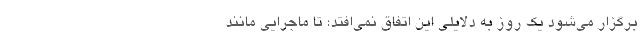
برگزار می‌شود یک روز به دلایلی این اتفاق نمی‌افتد؛ تا ماجرایی مانند